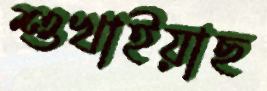
শুখাইয়াছ